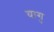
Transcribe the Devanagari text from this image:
यागु